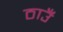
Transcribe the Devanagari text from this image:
ठाउँ